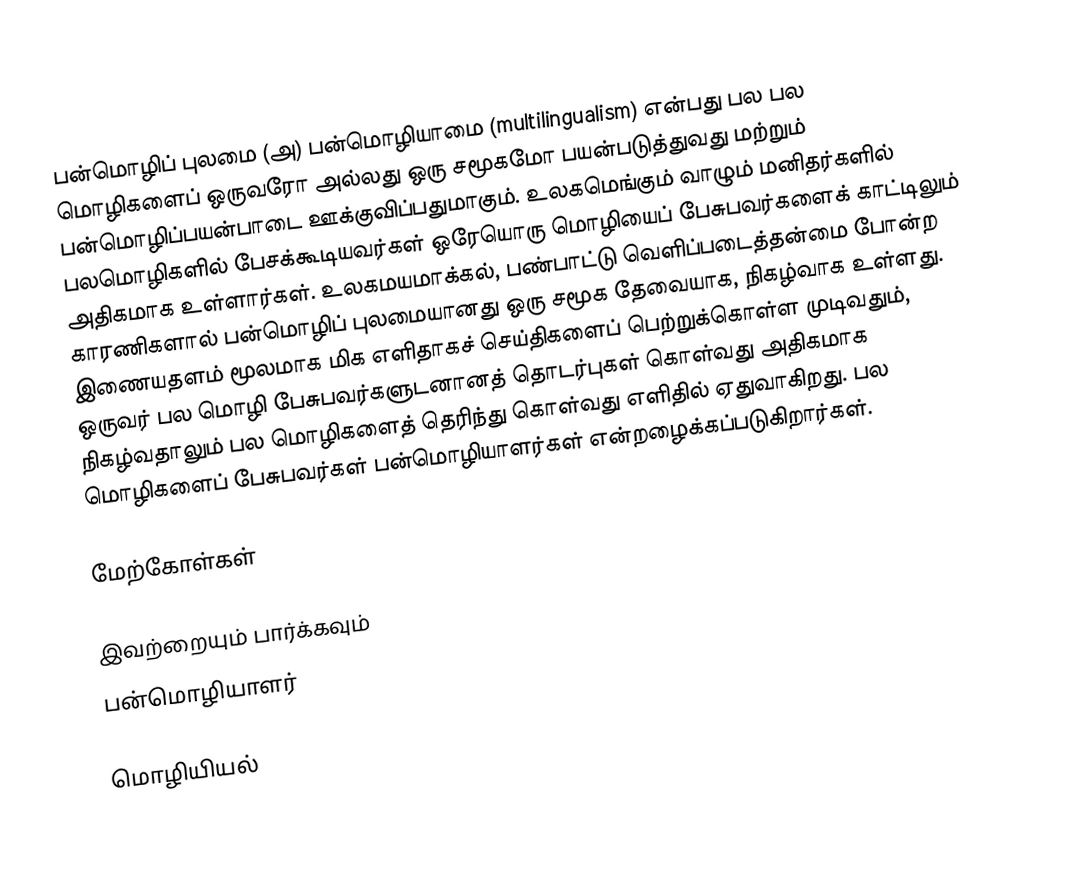
பன்மொழிப் புலமை (அ) பன்மொழியாமை (multilingualism) என்பது பல பல மொழிகளைப் ஒருவரோ அல்லது ஒரு சமூகமோ பயன்படுத்துவது மற்றும் பன்மொழிப்பயன்பாடை ஊக்குவிப்பதுமாகும். உலகமெங்கும் வாழும் மனிதர்களில் பலமொழிகளில் பேசக்கூடியவர்கள் ஒரேயொரு மொழியைப் பேசுபவர்களைக் காட்டிலும் அதிகமாக உள்ளார்கள். உலகமயமாக்கல், பண்பாட்டு வெளிப்படைத்தன்மை போன்ற காரணிகளால் பன்மொழிப் புலமையானது ஒரு சமூக தேவையாக, நிகழ்வாக உள்ளது. இணையதளம் மூலமாக மிக எளிதாகச் செய்திகளைப் பெற்றுக்கொள்ள முடிவதும், ஒருவர் பல மொழி பேசுபவர்களுடனானத் தொடர்புகள் கொள்வது அதிகமாக நிகழ்வதாலும் பல மொழிகளைத் தெரிந்து கொள்வது எளிதில் ஏதுவாகிறது. பல மொழிகளைப் பேசுபவர்கள் பன்மொழியாளர்கள் என்றழைக்கப்படுகிறார்கள்.

மேற்கோள்கள்

இவற்றையும் பார்க்கவும்
 பன்மொழியாளர்

மொழியியல்